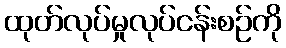
ထုတ်လုပ်မှုလုပ်ငန်းစဉ်ကို